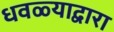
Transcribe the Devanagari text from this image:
धवळ्याद्वारा